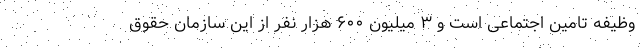
وظیفه تامین اجتماعی است و ۳ میلیون ۶۰۰ هزار نفر از این سازمان حقوق